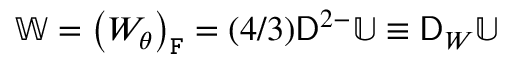
\mathbb { W } = \left( W _ { \theta } \right) _ { \mathtt { F } } = ( 4 / 3 ) \mathsf { D } ^ { 2 - } \mathbb { U } \equiv \mathsf { D } _ { W } \mathbb { U }